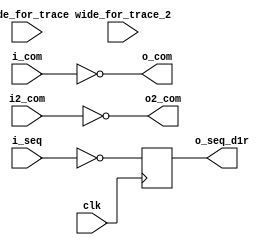
// DESCRIPTION: Verilator: Verilog Test module
//
// This file ONLY is placed into the Public Domain, for any use,
// without warranty, 2003 by Wilson Snyder.

module t_inst_first_b (/*AUTOARG*/
   // Outputs
   o_seq_d1r, o_com, o2_com,
   // Inputs
   clk, i_seq, i_com, i2_com, wide_for_trace, wide_for_trace_2
   );
   // verilator inline_module

   input clk;

   input  	i_seq;
   output	o_seq_d1r;
   input  	i_com;
   output	o_com;
   input [1:0] 	i2_com;
   output [1:0]	o2_com;
   input [127:0] wide_for_trace;
   input [127:0] wide_for_trace_2;

   /*AUTOREG*/
   // Beginning of automatic regs (for this module's undeclared outputs)
   // End of automatics

   reg 			o_seq_d1r;
   always @ (posedge clk) begin
      o_seq_d1r <= ~i_seq;
   end

   wire [1:0] o2_com = ~i2_com;
   wire       o_com = ~i_com;

endmodule